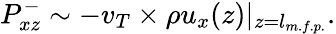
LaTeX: P_{xz}^{-}\sim-v_{T}\times\rho u_{x}(z)|_{z=l_{m.f.p.}}.